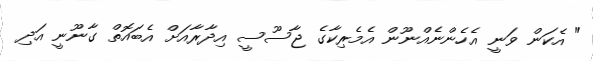
" އެކަން ވަނީ އެހެންނެއްނޫން އެމެރިކާގެ ޖާސޫސީ އިދާރާއަށް އެބައޮތް ގާނޫނީ އަދި